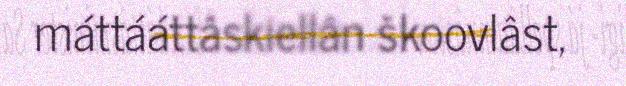
máttááttâskiellân škoovlâst,